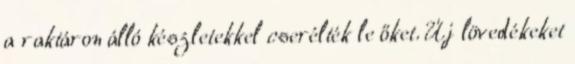
a raktáron álló készletekkel cserélték le őket. Új lövedékeket